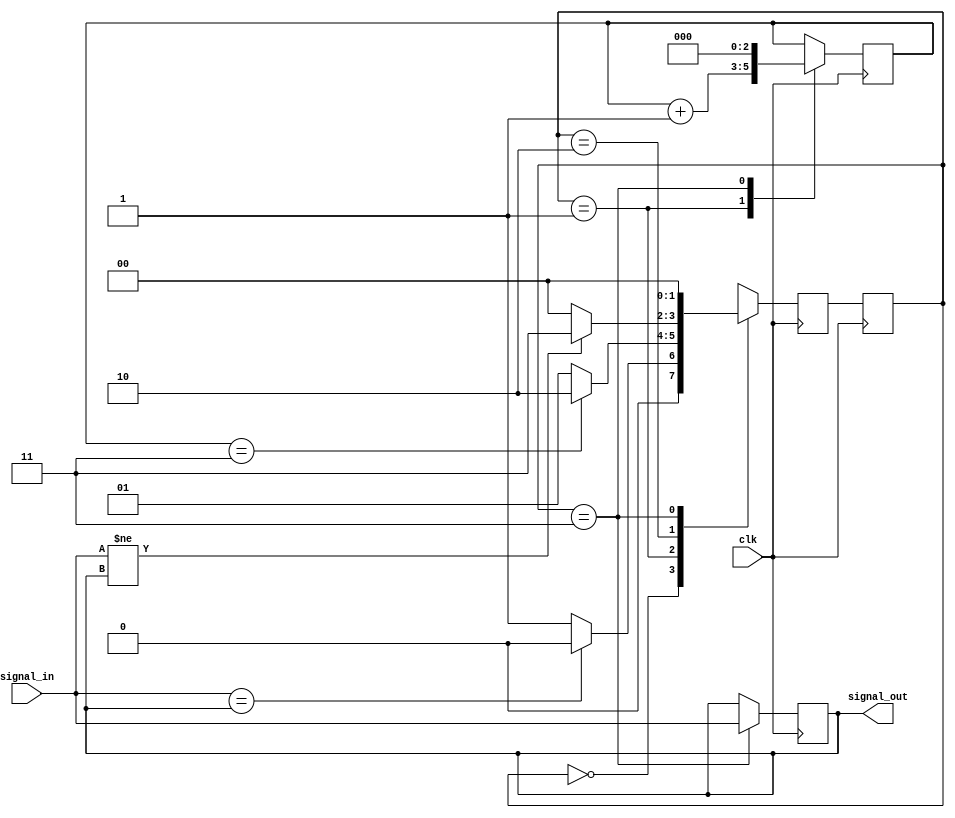
module debounce_circuit(
    input wire clk,
    input wire signal_in,
    output reg signal_out
);

// Define states for the FSM
parameter IDLE = 2'b00;
parameter WAIT_STABLE = 2'b01;
parameter WAIT_TRANSITION = 2'b10;
parameter DEBOUNCE = 2'b11;

reg [1:0] state, next_state;

// Define debounce parameters
parameter DEBOUNCE_CNT = 3; // Change this value depending on the debounce delay needed
reg [DEBOUNCE_CNT-1:0] debounce_count;

always @(posedge clk) begin
    state <= next_state;
    case(state)
        IDLE: begin
            if (signal_in == signal_out)
                next_state = IDLE;
            else
                next_state = WAIT_STABLE;
        end
        WAIT_STABLE: begin
            debounce_count <= debounce_count + 1;
            if (debounce_count == DEBOUNCE_CNT)
                next_state = WAIT_TRANSITION;
            else
                next_state = WAIT_STABLE;
        end
        WAIT_TRANSITION: begin
            if (signal_in != signal_out)
                next_state = DEBOUNCE;
            else
                next_state = IDLE;
        end
        DEBOUNCE: begin
            signal_out <= signal_in;
            debounce_count <= 0;
            next_state = IDLE;
        end
    endcase
end

endmodule